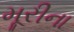
મૂરીના